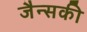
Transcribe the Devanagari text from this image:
जैन्सकी